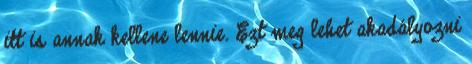
itt is annak kellene lennie. Ezt meg lehet akadályozni